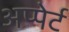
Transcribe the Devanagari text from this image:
अप्पेर्ट